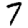
Digit: 7